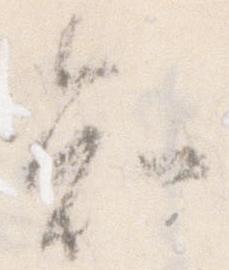
知